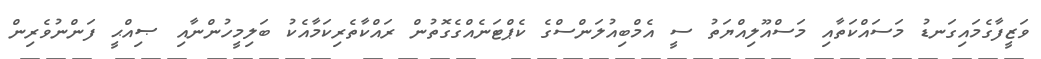
ވަޒީފާގެމައިގަނޑު މަސައްކަތާއި މަސްއޫލިއްޔަތު ސީ އެމްބިއުލަންސްގެ ކެޕްޓަނެއްގެގޮތުން ރައްކާތެރިކަމާއެކު ބަލިމީހުންނާއި ޞިއްޙީ ފަންނުވެރިން